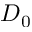
D _ { 0 }